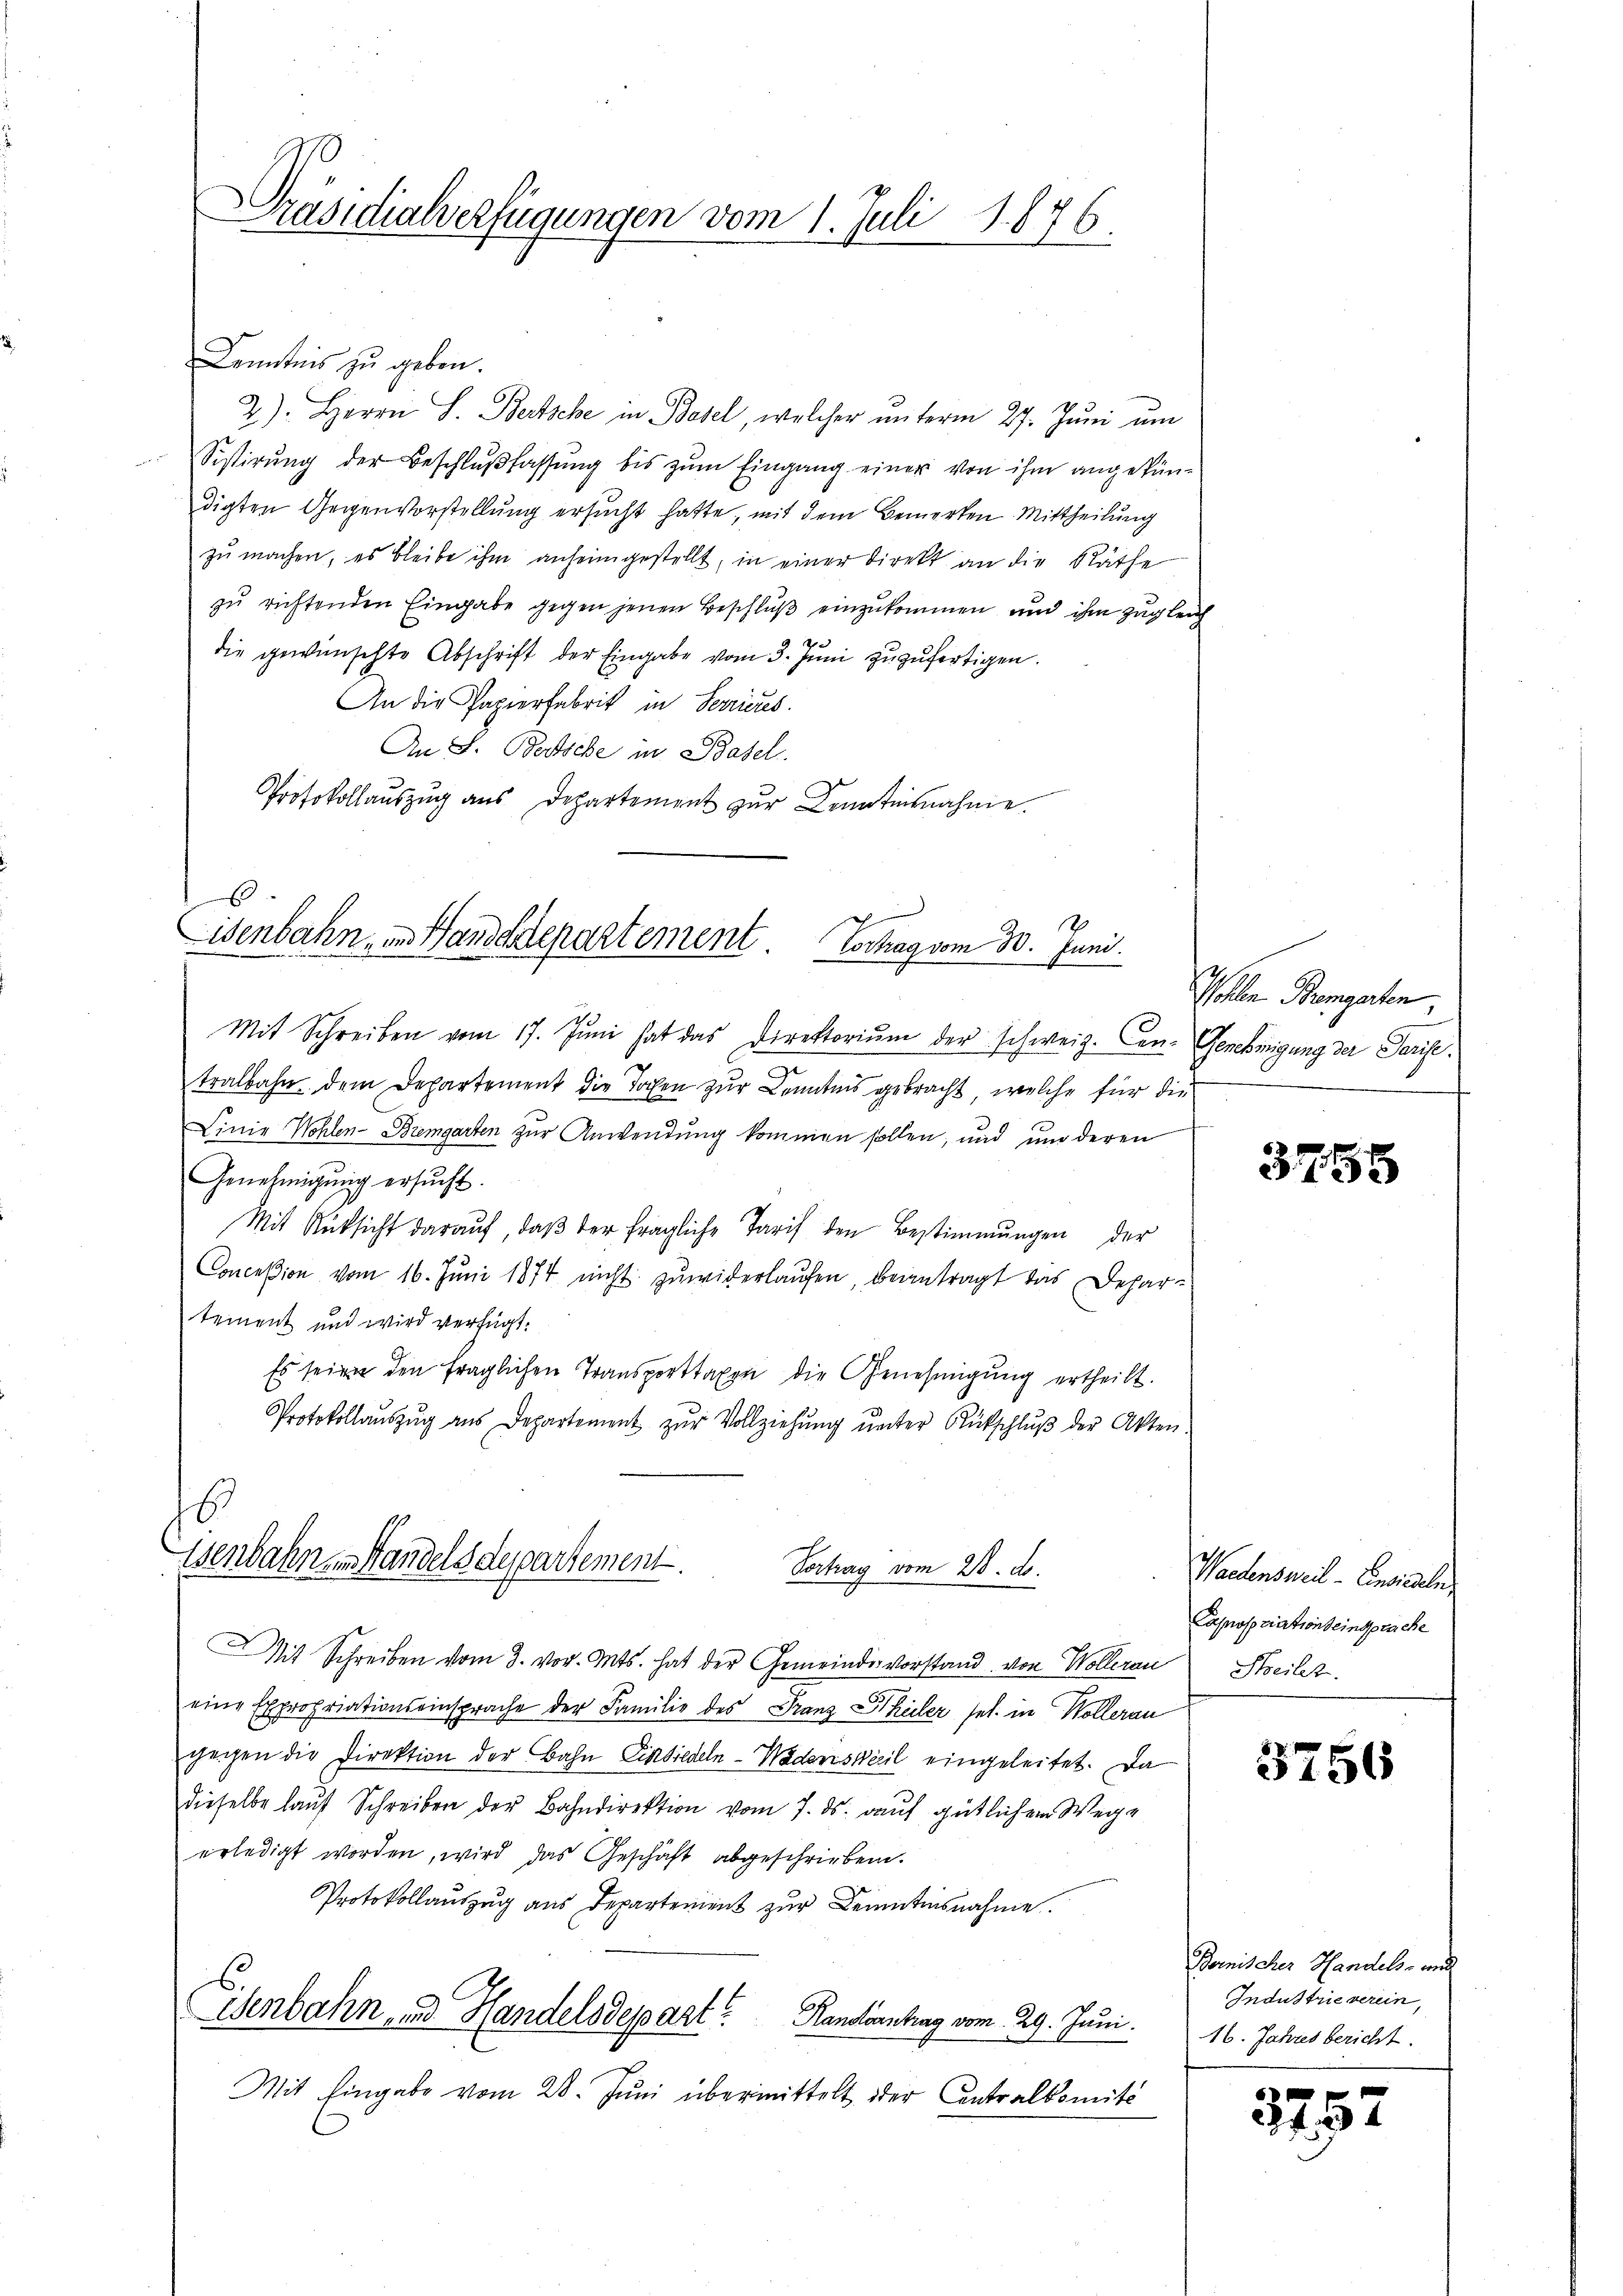
Präsidialverfügungen vom 1. Juli 1876.

Kenntnis zu geben.
2). Herrn S. Bertsche in Basel, welcher ŭnterm 27. Juni um
Sistirŭng der Beschlŭβlassŭng bis zŭm Eingang einer von ihm angekündigten Gegenvorstellung ersucht hatte, mit dem Bemerken Mittheilung
zŭ machen, es bleibe ihm anheimgestellt, in einer Direkt an die Räthe
zu richtenden Eingabe gegen jenen Beschluß einzukommen und ihm zugleich
d
die gewünschte Abschrift der Eingabe vom 3. Juni zuzufertigen.
An die Papierfabrik in Terrieres.
An S. Bertsche in Basel.
Protokollaŭszŭg aŭs Departement zŭr Kenntnisnahme.
6

isenbahn, in Handdrepartement. Hochag vom 30. Juni.

B.
isenbahnen Handelsdepartement.

Mit Schreiben vom 17. Jŭni hat das Direktoriŭm der schweiz. Con- Genehmigung der Parise.
tralbahn dem Departement die Tochen zur Kenntnis gebracht, welche für die
Linie Wohlen-Bremgarten zur Anwendung kommen sollen, und um deren
Genehmigŭng ersucht.
Mit Rüksicht daraŭf, daβ der fragliche Tarif den Bestimmungen der
Conceßion vom 16. Juni 1874 nicht zuwiderlaufen, beantragt das Departement und wird verfügt:
Es seien den fraglichen Transporttaxen die Genehmigung ertheilt.
Protokollaŭszŭg ans Departement zŭr Vollziehŭng ŭnter Rütschlŭβ der Akten.
Vortrag vom 28. ds.
Mit Schreiben vom 3. vor. Mts. hat der Gemeindevorstand von Wollerau
eine Expropriationseinsprache der Familie des Franz Theiler sel. in Wollerau
gegen die Direktion der Bahn Einsiedeln - Wädensweil eingeleitet. Da
dieselbe lauf Schreiben der Bahndirektion vom 7. ds. auf gütlichem Wege
erledigt worden, wird das Geschäft abgeschrieben.
Protokollauszug aus Departement zur Kenntensnahme.
Ihenbahn und Handelsdepart? Kandiantrag vom 29. Juni.
Mit Eingabe vom 28. Jŭni übermittelt der Contralkomité

Wollen Bremgarten,

3755

Wadensweil - Consiedeln,
Capropriation seinsprache
Sheilet.

3756

Bomnis der Handels- und
Industrie verein,
16. Jahres bericht.

3752